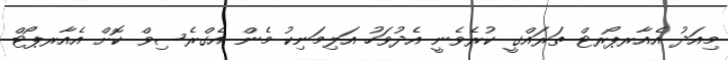
މިއަދު އެެއާރޕޯރޓް ތަރައްގީ ކުރެވެނީ އެދުވަހު އަލިމަނިކު މެން އެގްރެސިވް ކޮށް އެއާރޕޯޓް